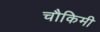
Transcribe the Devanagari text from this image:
चौकिमी